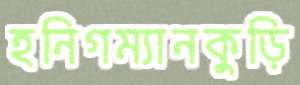
হনিগম্যানকুড়ি